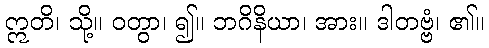
ဣတိ၊ သို့။ ဝတွာ၊ ၍။ ဘဂိနိယာ၊ အား။ ဒါတဗ္ဗံ၊ ၏။